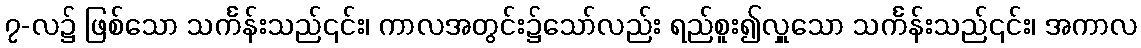
၇-လ၌ ဖြစ်သော သင်္ကန်းသည်၎င်း၊ ကာလအတွင်း၌သော်လည်း ရည်စူး၍လှူသော သင်္ကန်းသည်၎င်း၊ အကာလ